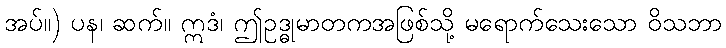
အပ်။) ပန၊ ဆက်။ ဣဒံ၊ ဤဥဒ္ဓုမာတကအဖြစ်သို့ မရောက်သေးသော ဝိသဘာ